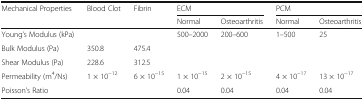
<table><thead><tr><td rowspan="2"><b>Mechanical Properties</b></td><td rowspan="2"><b>Blood Clot</b></td><td rowspan="2"><b>Fibrin</b></td><td colspan="2"><b>ECM</b></td><td colspan="2"><b>PCM</b></td></tr><tr><td><b>Normal</b></td><td><b>Osteoarthritis</b></td><td><b>Normal</b></td><td><b>Osteoarthritis</b></td></tr></thead><tbody><tr><td>Young’s Modulus (kPa)</td><td></td><td></td><td>500–2000</td><td>200–600</td><td>1–500</td><td>25</td></tr><tr><td>Bulk Modulus (Pa)</td><td>350.8</td><td>475.4</td><td></td><td></td><td></td><td></td></tr><tr><td>Shear Modulus (Pa)</td><td>228.6</td><td>312.5</td><td></td><td></td><td></td><td></td></tr><tr><td>Permeability (m<sup>4</sup>/Ns)</td><td>1 × 10<sup>−12</sup></td><td>6 × 10<sup>−15</sup></td><td>1 × 10<sup>−15</sup></td><td>2 × 10<sup>−15</sup></td><td>4 × 10<sup>−17</sup></td><td>13 × 10<sup>−17</sup></td></tr><tr><td>Poisson’s Ratio</td><td></td><td></td><td>0.04</td><td>0.04</td><td>0.04</td><td>0.04</td></tr></tbody></table>